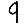
Digit: 9